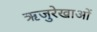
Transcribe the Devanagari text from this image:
ऋजुरेखाओं